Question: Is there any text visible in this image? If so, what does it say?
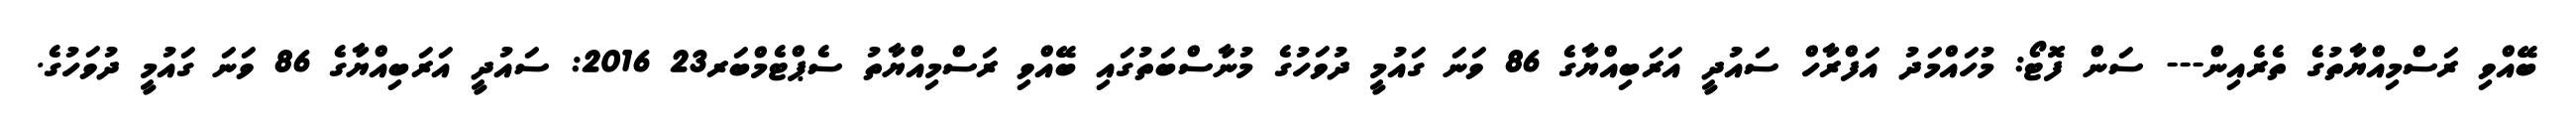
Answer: ބޭއްވި ރަސްމިއްޔާތުގެ ތެރެއިން--- ސަން ފޮޓޯ: މުހައްމަދު އަފްރާހް ސައުދީ އަރަބިއްޔާގެ 86 ވަނަ ގައުމީ ދުވަހުގެ މުނާސްބަތުގައި ބޭއްވި ރަސްމިއްޔާތު ސެޕްޓެމްބަރ23 2016: ސައުދީ އަރަބިއްޔާގެ 86 ވަނަ ގައުމީ ދުވަހުގެ.